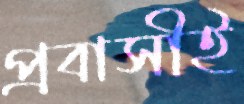
প্রবাসীই